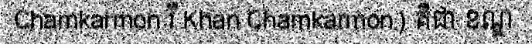
Chamkarmon រឺ Khan Chamkarmon) គឺជា ខណ្ឌ